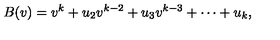
B ( v ) = v ^ { k } + u _ { 2 } v ^ { k - 2 } + u _ { 3 } v ^ { k - 3 } + \cdots + u _ { k } ,